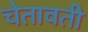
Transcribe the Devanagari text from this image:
चेतावती